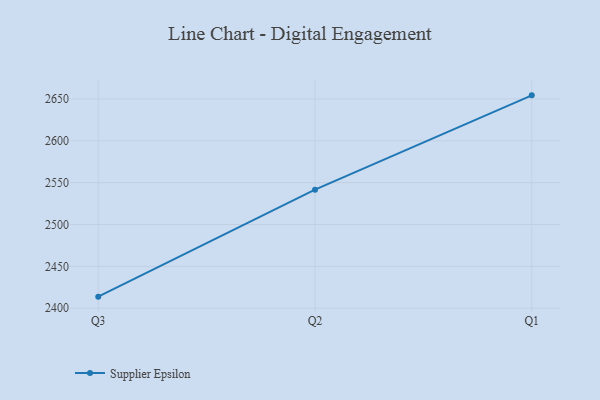
{"axis": {"x": "Quarter", "y": "Market Share (%)"}, "legend": ["Supplier Epsilon"], "data": [{"x": "Q3", "y": 2413.8, "type": "Supplier Epsilon"}, {"x": "Q2", "y": 2541.6, "type": "Supplier Epsilon"}, {"x": "Q1", "y": 2654.3, "type": "Supplier Epsilon"}]}